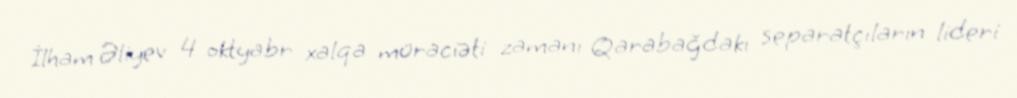
İlham Əliyev 4 oktyabr xalqa müraciəti zamanı Qarabağdakı separatçıların lideri